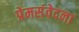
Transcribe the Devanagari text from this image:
प्रेमसंवेदना